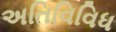
અતિવિવિધ